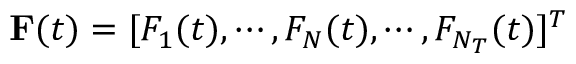
{ \bf F } ( t ) = [ F _ { 1 } ( t ) , \cdots , F _ { N } ( t ) , \cdots , F _ { N _ { T } } ( t ) ] ^ { T }